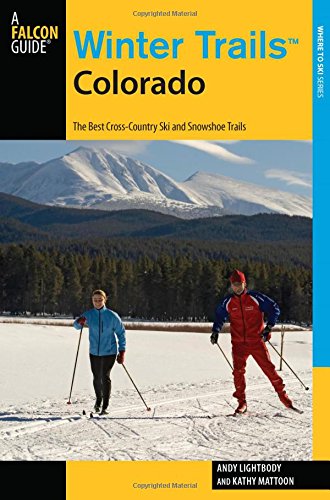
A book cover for Winter Trails(TM) Colorado: The Best Cross-Country Ski And Snowshoe Trails (Winter Trails Series); Andy Lightbody; Travel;